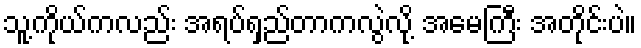
သူ့ကိုယ်ကလည်း အရပ်ရှည်တာကလွဲလို့ အမေကြီး အတိုင်းပဲ။